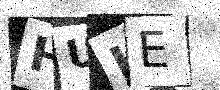
Text: HUKE